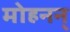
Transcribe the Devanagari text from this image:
मोहनन्